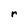
Character: r